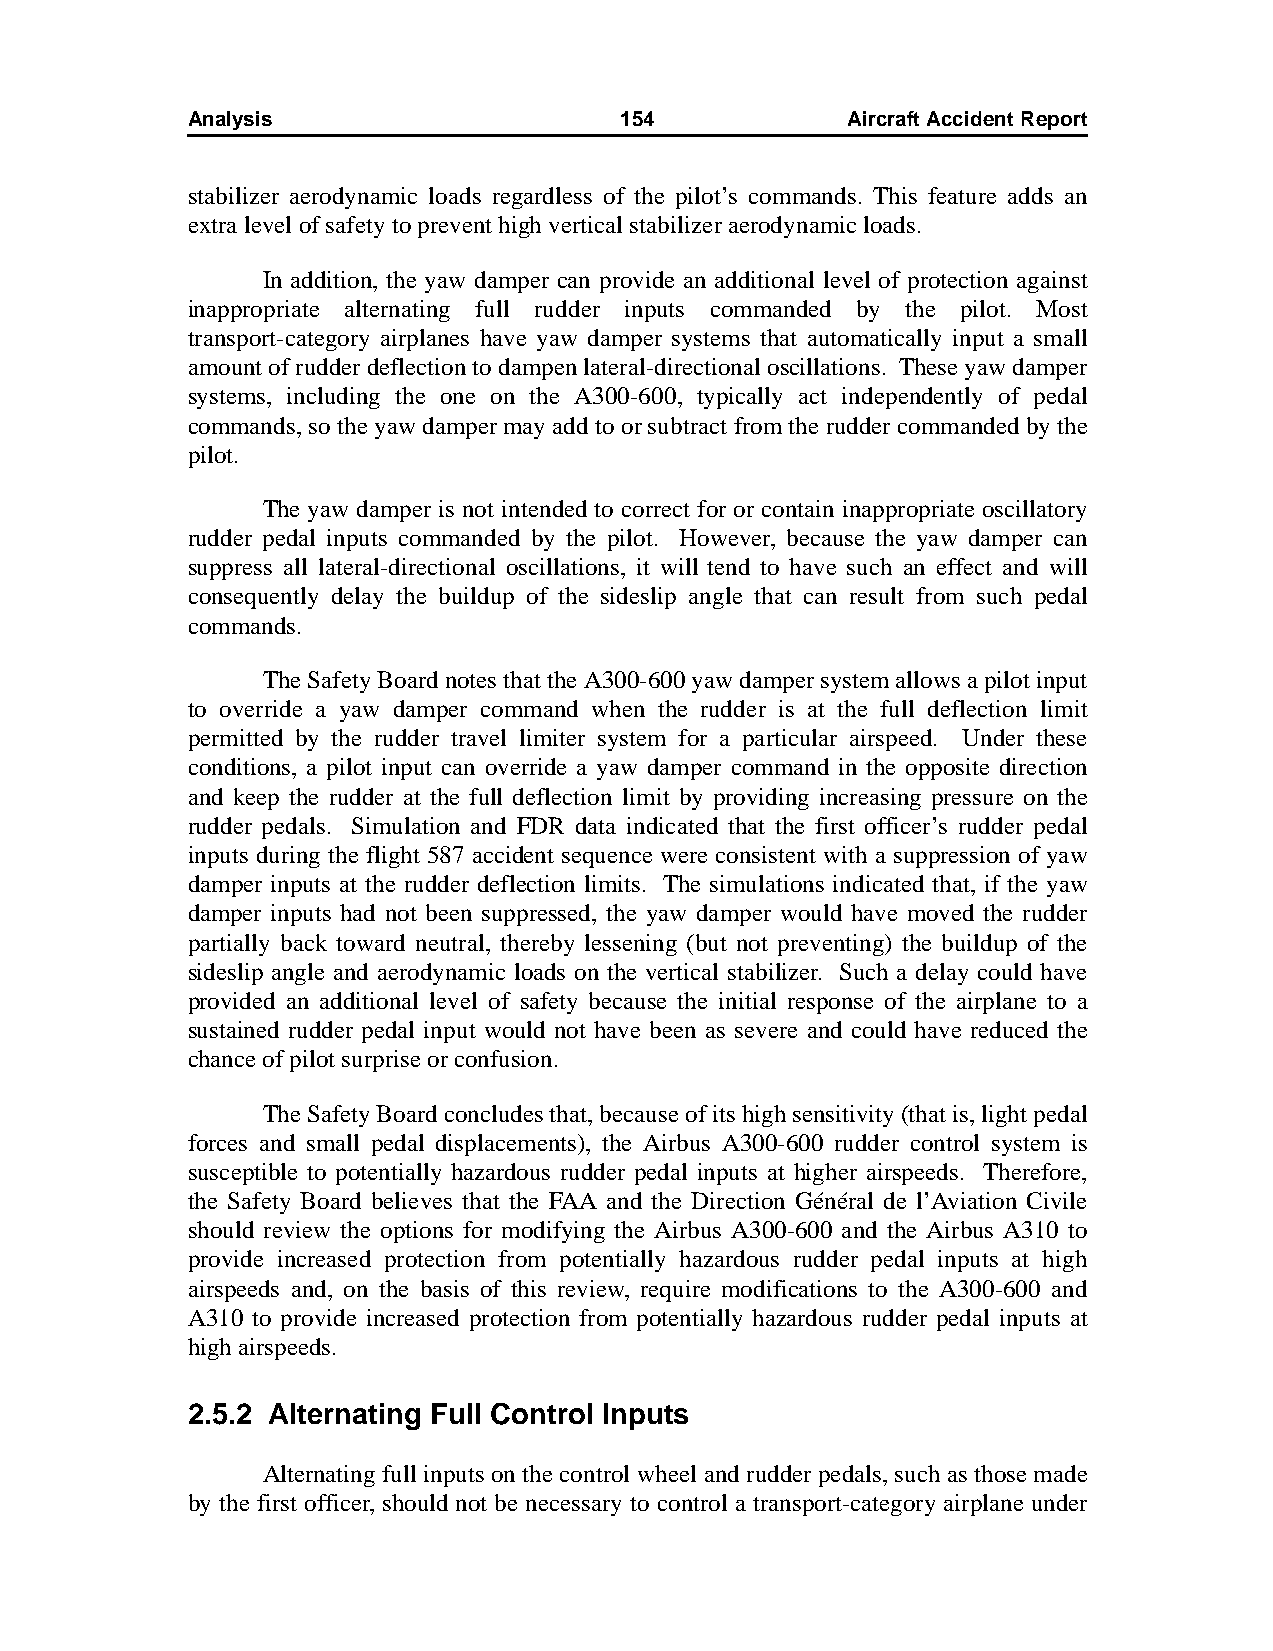
Analysis                     154            AircraftAccidentReport
 stabilizer aerodynamic loads regardless of the pilot’s commands. This feature adds an
 extra level of safety to prevent high vertical stabilizer aerodynamic loads.
 In addition, the yaw damper can provide an additional level of protection against
 inappropriate alternating full rudder inputs commanded by the pilot. Most
 transport-category airplanes have yaw damper systems that automatically input a small
 amount of rudder deflection to dampen lateral-directional oscillations. These yaw damper
 systems, including the one on the A300-600, typically act independently of pedal
 commands, so the yaw damper may add to or subtract from the rudder commanded by the
 pilot.
 The yaw damper is not intended to correct for or contain inappropriate oscillatory
 rudder pedal inputs commanded by the pilot. However, because the yaw damper can
 suppress all lateral-directional oscillations, it will tend to have such an effect and will
 consequently delay the buildup of the sideslip angle that can result from such pedal
 commands.
 The Safety Board notes that the A300-600 yaw damper system allows a pilot input
 to override a yaw damper command when the rudder is at the full deflection limit
 permitted by the rudder travel limiter system for a particular airspeed. Under these
 conditions, a pilot input can override a yaw damper command in the opposite direction
 and keep the rudder at the full deflection limit by providing increasing pressure on the
 rudder pedals. Simulation and FDR data indicated that the first officer’s rudder pedal
 inputs during the flight 587 accident sequence were consistent with a suppression of yaw
 damper inputs at the rudder deflection limits. The simulations indicated that, if the yaw
 damper inputs had not been suppressed, the yaw damper would have moved the rudder
 partially back toward neutral, thereby lessening (but not preventing) the buildup of the
 sideslip angle and aerodynamic loads on the vertical stabilizer. Such a delay could have
 provided an additional level of safety because the initial response of the airplane to a
 sustained rudder pedal input would not have been as severe and could have reduced the
 chance of pilot surprise or confusion.
 The Safety Board concludes that, because of its high sensitivity (that is, light pedal
 forces and small pedal displacements), the Airbus A300-600 rudder control system is
 susceptible to potentially hazardous rudder pedal inputs at higher airspeeds. Therefore,
 the Safety Board believes that the FAA and the Direction Général de l’Aviation Civile
 should review the options for modifying the Airbus A300-600 and the Airbus A310 to
 provide increased protection from potentially hazardous rudder pedal inputs at high
 airspeeds and, on the basis of this review, require modifications to the A300-600 and
 A310 to provide increased protection from potentially hazardous rudder pedal inputs at
 high airspeeds.
 2.5.2 Alternating Full Control Inputs
 Alternating full inputs on the control wheel and rudder pedals, such as those made
 by the first officer, should not be necessary to control a transport-category airplane under